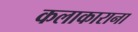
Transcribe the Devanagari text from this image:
कलाकाराना